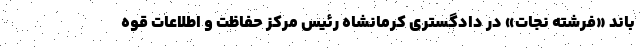
باند «فرشته نجات» در دادگستری کرمانشاه رئیس مرکز حفاظت و اطلاعات قوه